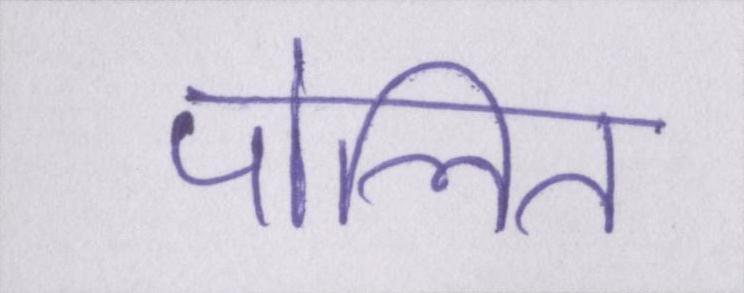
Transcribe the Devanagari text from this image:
पोलित